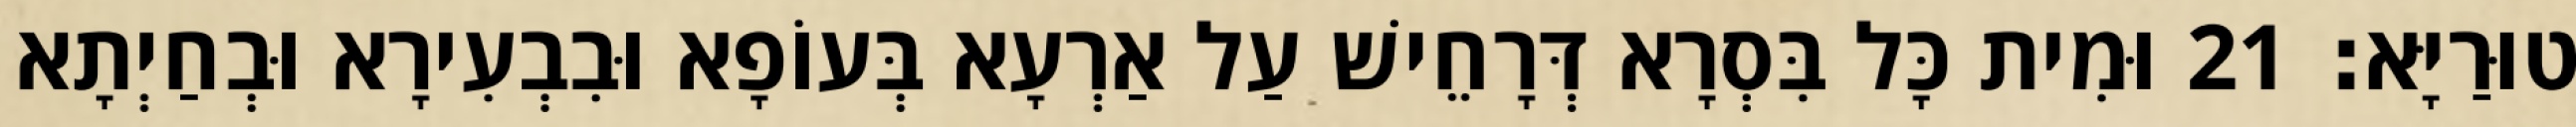
טוּרַיָּא׃ 21 וּמִית כָּל בִּסְרָא דְּרָחֵישׁ עַל אַרְעָא בְּעוֹפָא וּבִבְעִירָא וּבְחַיְתָא